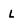
Character: L